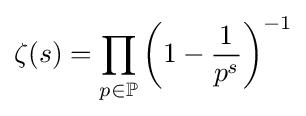
\zeta (s)=\prod _{p\in \mathbb {P} }\left(1-{\frac {1}{p^{s}}}\right)^{-1}